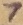
Text: 7